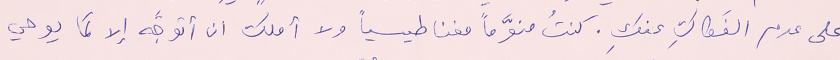
على عدم الفَكاكِ عنكِ. كنتُ منوَّماً مغناطيسياً ولا أملك ان أتوجَّه إلا كما يوحي